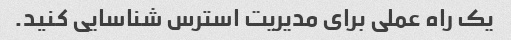
یک راه عملی برای مدیریت استرس شناسایی کنید.